Kures,_Voldemar, lk 52
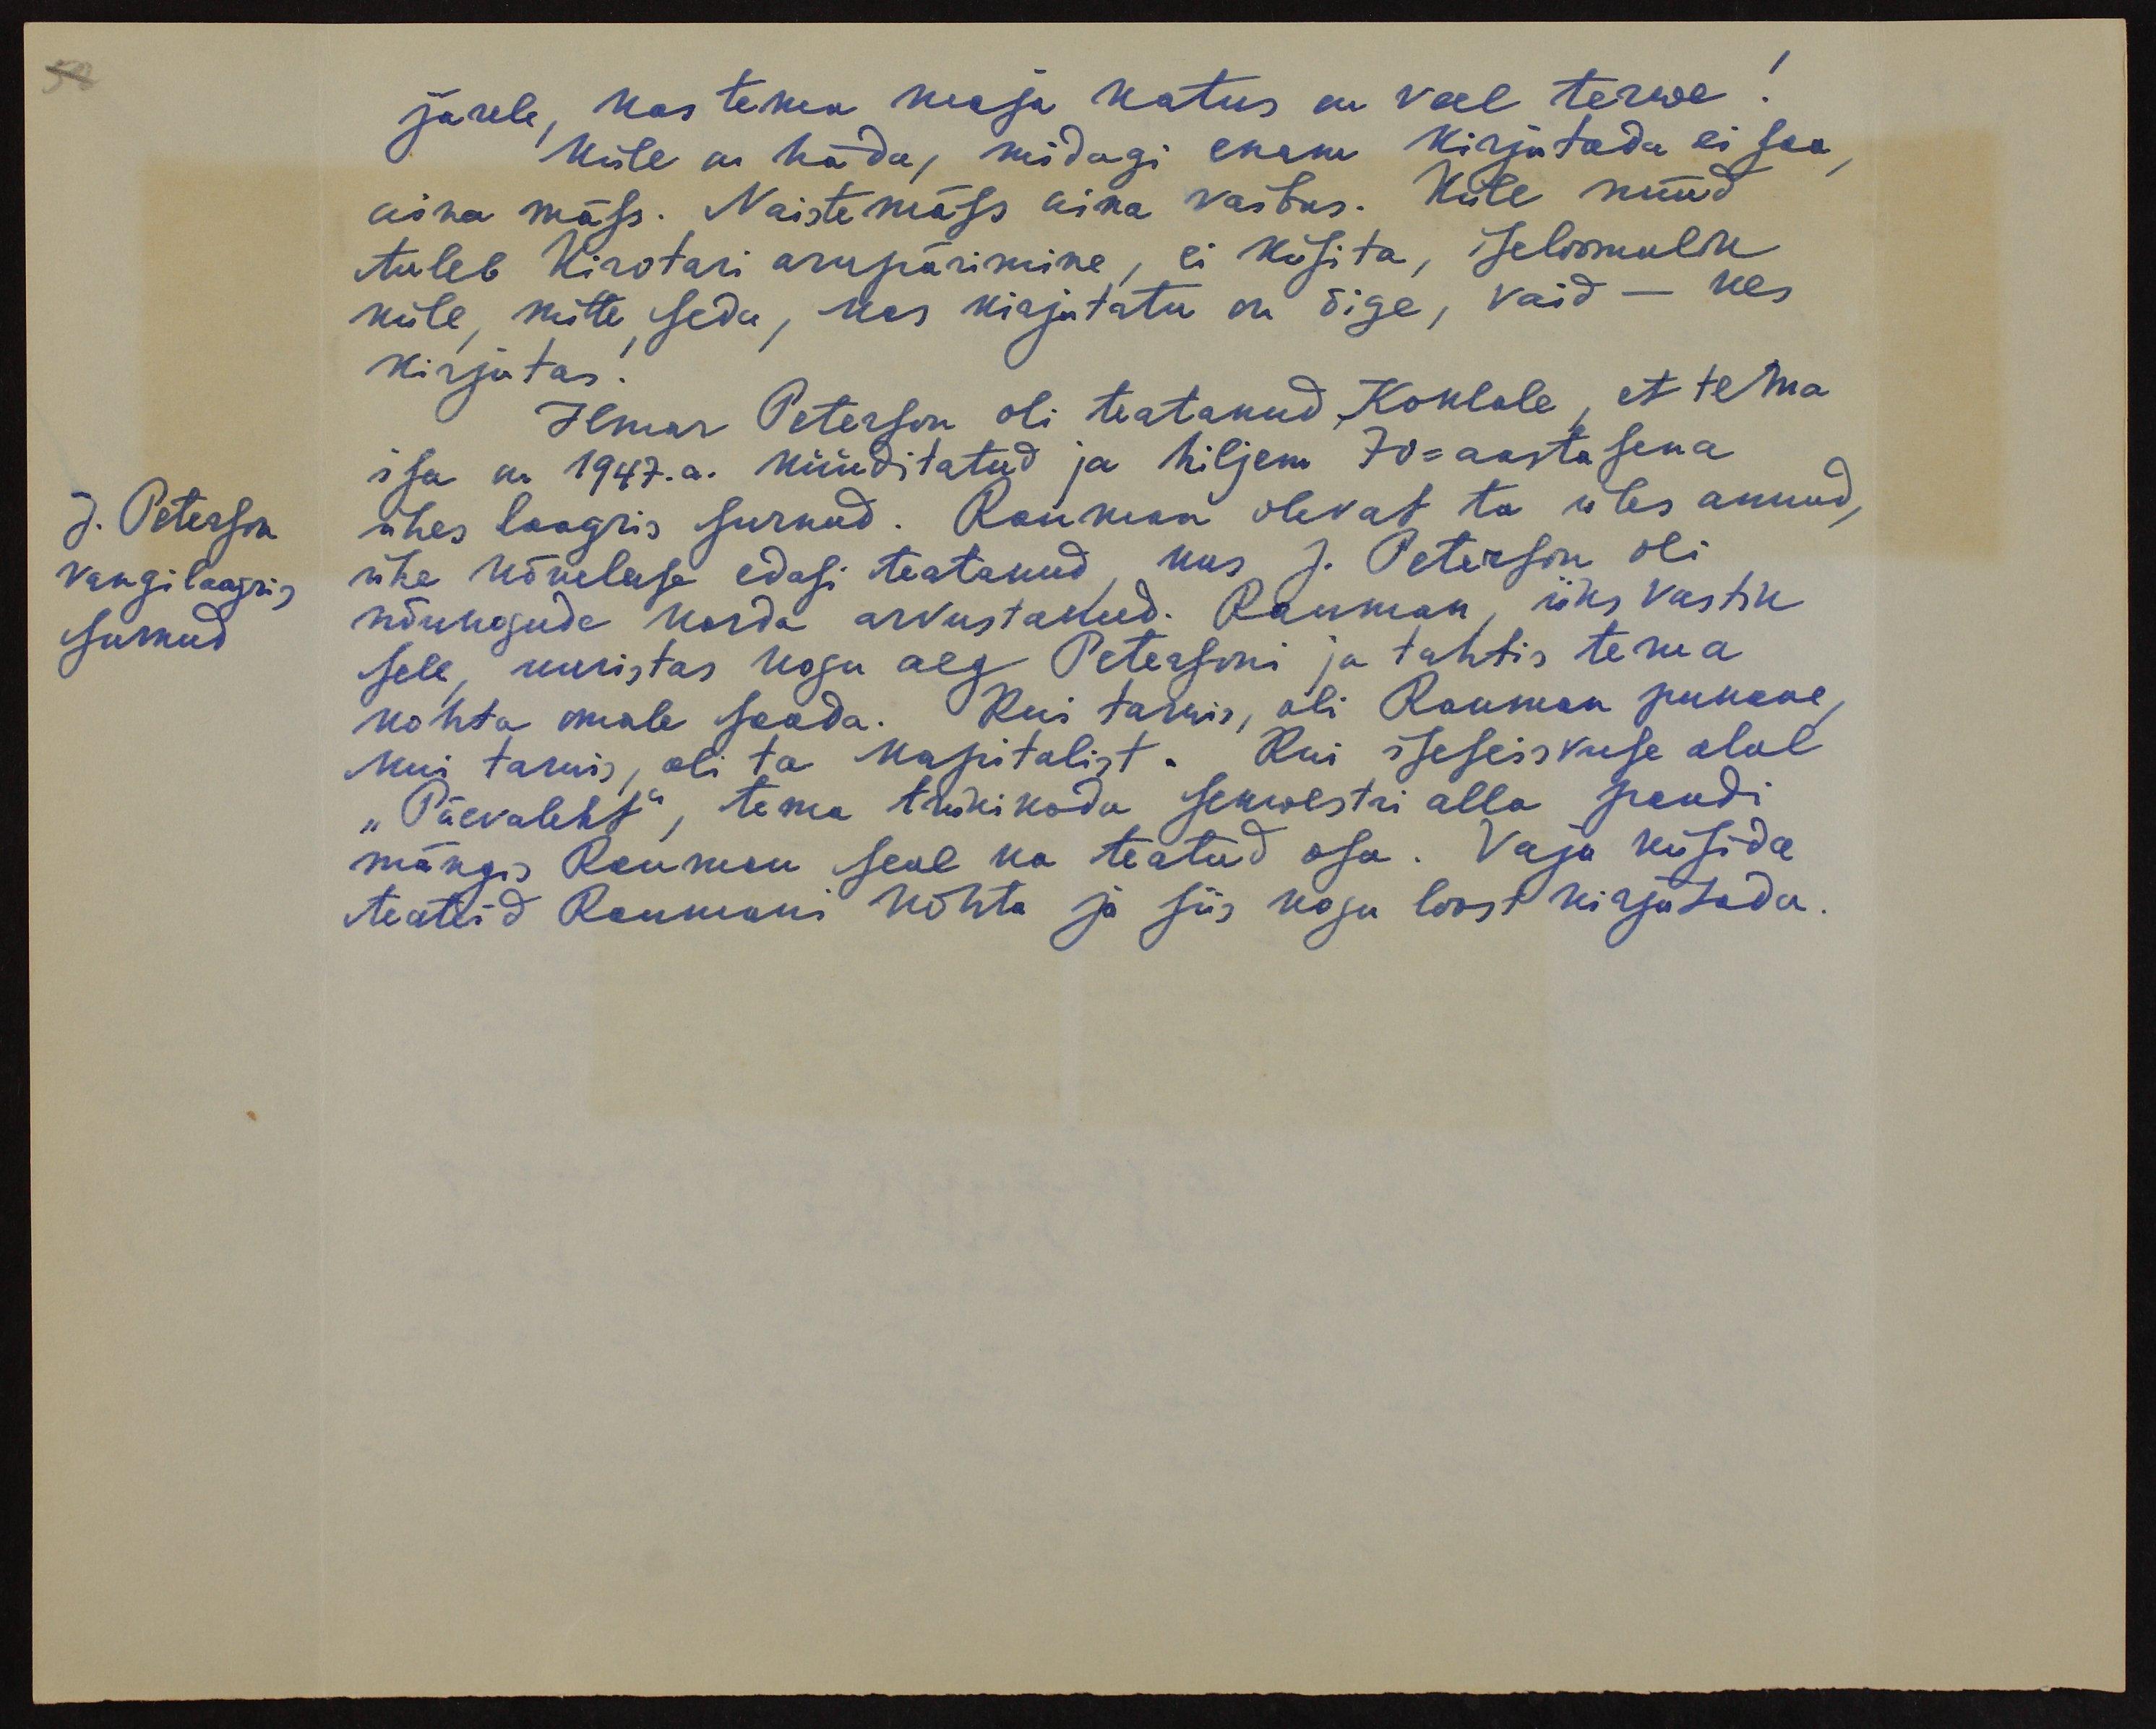
järele, kas tema maja katus on veel terwe.
Küll on häda, midagi enam kirjutada ei saa
aina mäss. Naistemäss aina vaibus. Küll nüüd
tuleb Kirotari arupärimine, ei küsita, iseloomulik
küll, mitte seda, kas kirjutatu on õige, vaid - kes
kirjutas.
Ilmar Peterson oli teatanud Koklale, et tema
isa on 1947.a. küüditatud ja hiljem 70-aastasena
J. Peterson
vangilaagris
surnud
ühes laagris surnud. Rauman olevat ta üles annud,
ühe kõneluse edasi teatanud, kus J. Peterson oli
nõukogude korda arvustanud. Rauman, üks vastik
sell, uuristas kogu aeg Petersoni ja tahtis tema
kohta omale saada. Kui tarwis, oli Rauman punane,
kui tarwis, oli ta kapitalist. Kui iseseisvuse alal
"Päevaleht", tema trükikoda sekwestri alla pandi
mängis Rauman seal ka teatud osa. Vaja küsida
teateid Raumani kohta ja siis kogu loost kirjutada.